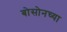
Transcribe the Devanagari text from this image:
बोसोनच्या